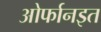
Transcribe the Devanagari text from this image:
ओर्फानइत